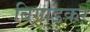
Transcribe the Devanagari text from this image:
बिगाडकर